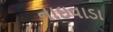
નાઇવાડા